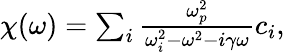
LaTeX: \begin{array}{r}{\chi(\omega)=\sum_{i}\frac{\omega_{p}^{2}}{\omega_{i}^{2}-\omega^{2}-i\gamma\omega}c_{i},}\end{array}